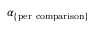
\alpha _ { \mathrm { \{ p e r \ c o m p a r i s o n \} } }